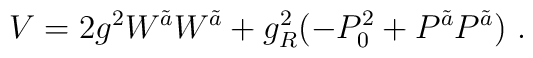
V=2  g^2 W^{\tilde a} W^{\tilde a} +g_R^2 (-P_0^2 + P^{\tilde a} P^{\tilde   a}) \ .